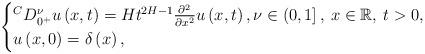
LaTeX: \begin{align*}\begin{cases}{}^C D^\nu_{0^+} u \left( x,t \right) =H t^{2H-1} \frac{\partial^2}{\partial x^2} u \left( x,t \right),\nu \in \left( 0,1 \right], \: x \in \mathbb{R}, \: t >0,\\u \left( x,0 \right) = \delta \left( x \right),\end{cases}\end{align*}